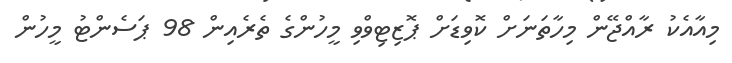
މިއާއެކު ރާއްޖޭން މިހާތަނަށް ކޮވިޑަށް ޕޮޒިޓިވްވި މީހުންގެ ތެރެއިން 98 ޕަސެންޓު މީހުން